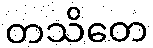
တသိတေ